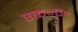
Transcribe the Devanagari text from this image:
एफ़॰ए॰